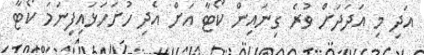
އަދި މި އަދަދަށް ވުރެ ގިނައިން ކޯޓާ އަށް އެދި ހުށަހަޅައިފިނަމަ ކޯޓާ